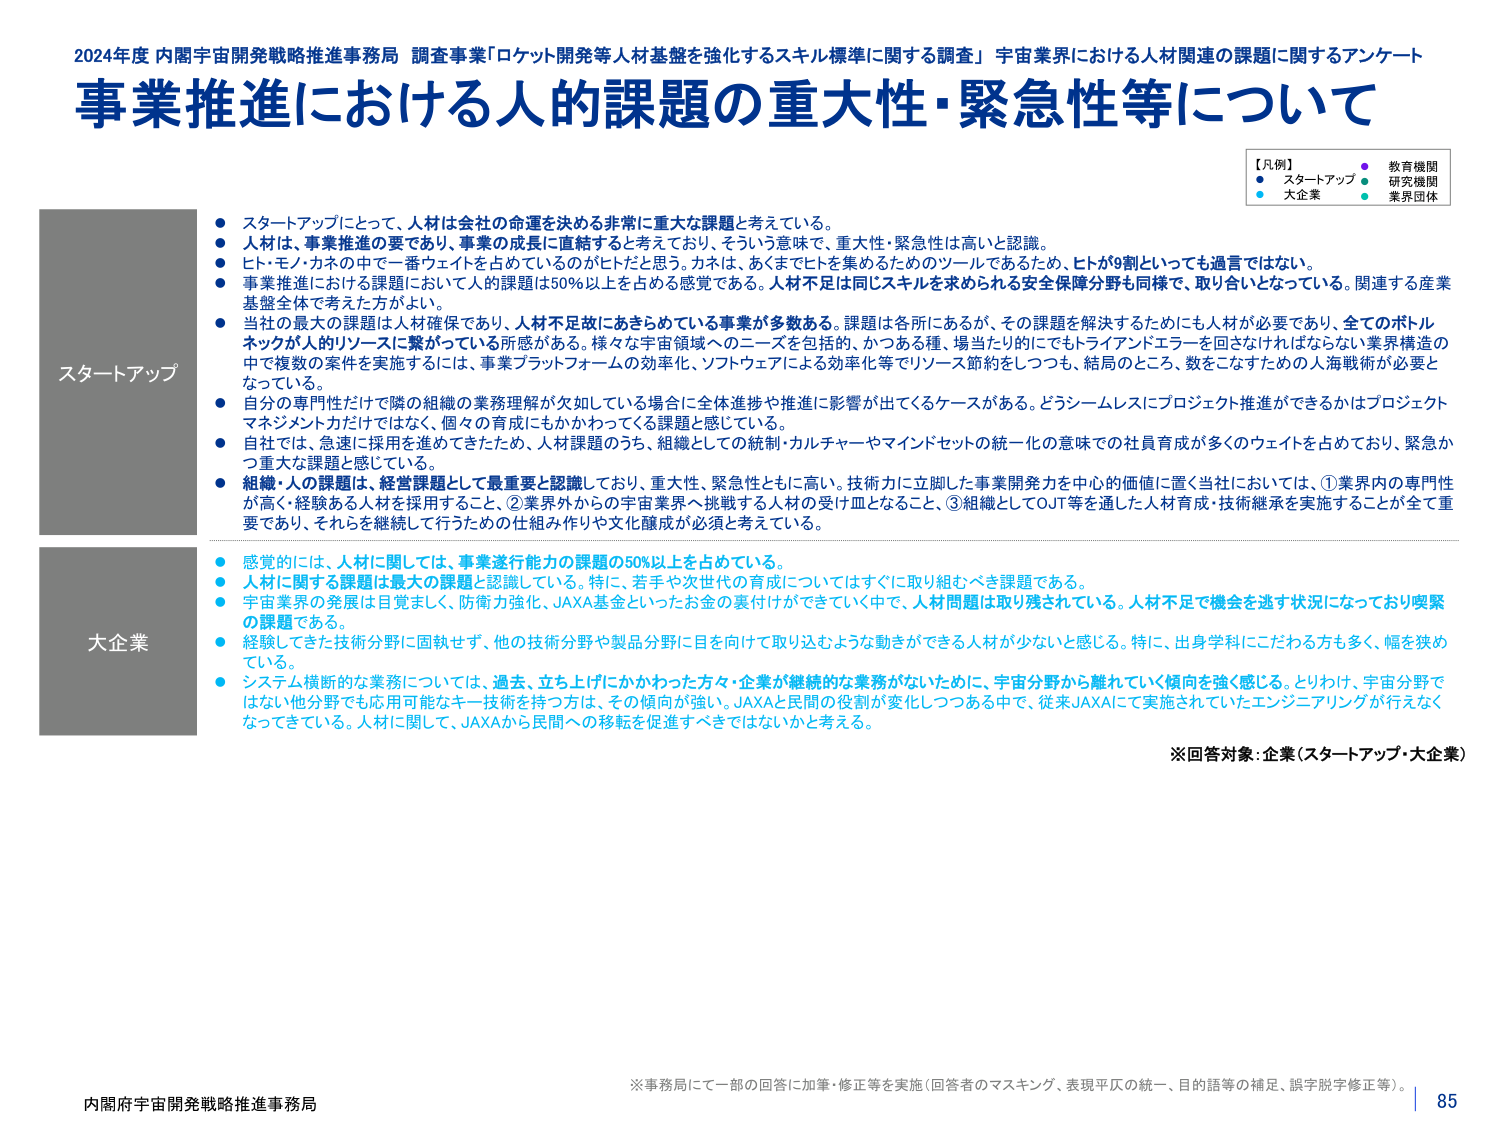
2024年度 内閣宇宙開発戦略推進事務局 調査事業「ロケット開発等人材基盤を強化するスキル標準に関する調査」 宇宙業界における人材関連の課題に関するアンケート
事業推進における人的課題の重大性・緊急性等について

【凡例】
● スタートアップ ● 教育機関
● 大企業 ● 研究機関
● 業界団体

スタートアップ
● スタートアップにとって、人材は会社の命運を決める非常に重大な課題と考えている。
● 人材は、事業推進の要であり、事業の成長に直結すると考えており、そういう意味で、重大性・緊急性は高いと認識。
● ヒト・モノ・カネの中で一番ウェイトを占めているのがヒトだと思う。カネは、あくまでヒトを集めるためのツールであるため、ヒトが9割といっても過言ではない。
● 事業推進における課題において人的課題は50％以上を占める感覚である。人材不足は同じスキルを求められる安全保障分野も同様で、取り合いとなっている。関連する産業基盤全体で考えた方がよい。
● 当社の最大の課題は人材確保であり、人材不足故にあきらめている事業が多数ある。課題は各所にあるが、その課題を解決するためにも人材が必要であり、全てのボトルネックが人的リソースに繋がっている所感がある。様々な宇宙領域へのニーズを包括的、かつある種、場当たり的にでもトライアンドエラーを回さなければならない業界構造の中で複数の案件を実施するには、事業プラットフォームの効率化、ソフトウェアによる効率化等でリソース節約をしつつも、結局のところ、数をこなすための人海戦術が必要となっている。
● 自分の専門性だけでは隣の組織の業務理解が欠如している場合に全体進捗や推進に影響が出てくるケースがある。どうシームレスにプロジェクト推進ができるかはプロジェクトマネジメント力だけではなく、個々の育成にもかかわってくる課題と感じている。
● 自社では、急速に採用を進めてきたため、人材課題のうち、組織としての統制・カルチャー やマインドセットの統一化の意味での社員育成が多くのウェイトを占めており、緊急かつ重大な課題と感じている。
● 組織・人の課題は、経営課題として最重要と認識しており、重大性、緊急性ともに高い。技術力に立脚した事業開発力を中心的価値に置く当社においては、①業界内の専門性が高く・経験ある人材を採用すること、②業界外からの宇宙業界へ挑戦する人材の受け皿となること、③組織としてOJT等を通した人材育成・技術継承を実施することが全て重要であり、それらを継続して行うための仕組み作りや文化醸成が必須と考えている。

大企業
● 感覚的には、人材に関しては、事業遂行能力の課題の50％以上を占めている。
● 人材に関する課題は最大の課題と認識している。特に、若手や次世代の育成についてはすぐに取り組むべき課題である。
● 宇宙業界の発展は目覚ましく、防衛力強化、JAXA基金といったお金の裏付けができていく中で、人材問題は取り残されている。人材不足で機会を逃す状況になっており喫緊の課題である。
● 経験してきた技術分野に固執せず、他の技術分野や製品分野に目を向けて取り込むような動きができる人材が少ないと感じる。特に、出身学科にこだわる方も多く、幅を狭めている。
● システム横断的な業務については、過去、立ち上げにかかかった方々・企業が継続的な業務がないために、宇宙分野から離れていく傾向を強く感じる。とりわけ、宇宙分野ではない他分野でも応用可能なキー技術を持つ方は、その傾向が強い。JAXAと民間の役割が変化しつつある中で、従来JAXAにて実施されていたエンジニアリングが行えなくなっている。人材に関して、JAXAから民間への移転を促進すべきではないかと考える。

※回答対象：企業（スタートアップ・大企業）

※事務局にて一部の回答に加筆・修正等を実施（回答者のマスキング、表現平仄の統一、目的語等の補足、誤字脱字修正等）。

内閣府宇宙開発戦略推進事務局
85